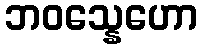
ဘဝသ္နေဟော